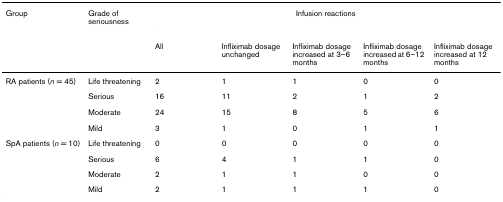
| Group | Grade of seriousness | <COLSPAN=5> Infusion reactions |
 |  |  | All | Infliximab dosage unchanged | Infliximab dosage increased at 3–6 months | Infliximab dosage increased at 6–12 months | Infliximab dosage increased at 12 months |
 | --- | --- | --- | --- | --- | --- | --- |
 | RA patients (n = 45) | Life threatening | 2 | 1 | 1 | 0 | 0 |
 |  | Serious | 16 | 11 | 2 | 1 | 2 |
 |  | Moderate | 24 | 15 | 8 | 5 | 6 |
 |  | Mild | 3 | 1 | 0 | 1 | 1 |
 | SpA patients (n = 10) | Life threatening | 0 | 0 | 0 | 0 | 0 |
 |  | Serious | 6 | 4 | 1 | 1 | 0 |
 |  | Moderate | 2 | 1 | 1 | 0 | 0 |
 |  | Mild | 2 | 1 | 1 | 1 | 0 |